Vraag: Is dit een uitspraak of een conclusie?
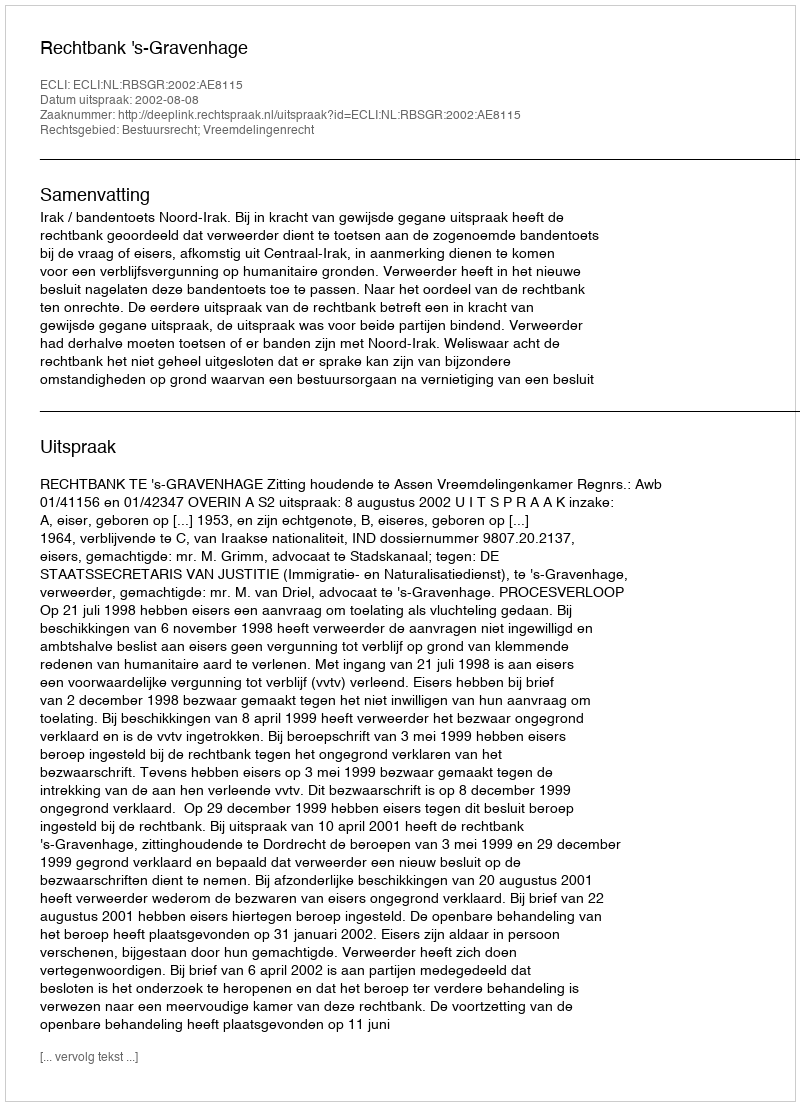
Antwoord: Uitspraak